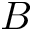
B